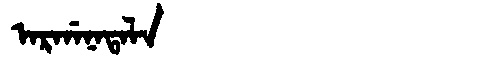
Manchu: ᠠᡵᡤᠠᠨᠠᡨᠠᠯᠠ
Romanization: ARGANATALA